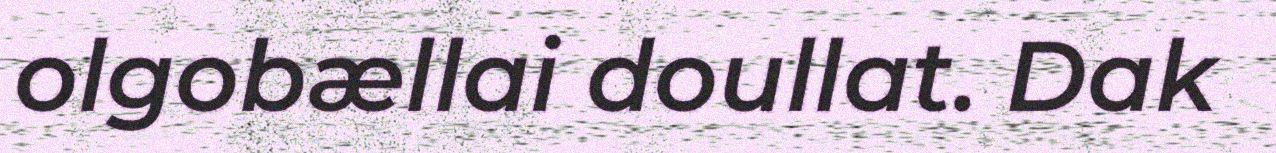
olgobællai doullat. Dak